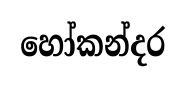
හෝකන්දර